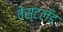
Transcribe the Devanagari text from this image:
वेस्टलँड